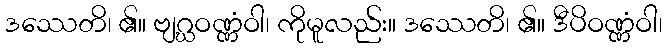
ဒဿေတိ၊ ၏။ ဗျဂ္ဃဝဏ္ဏံဝါ၊ ကိုမူလည်း။ ဒဿေတိ၊ ၏။ ဒီပိဝဏ္ဏံဝါ၊